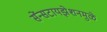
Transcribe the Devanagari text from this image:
सेंन्सटायझेशनमुळे